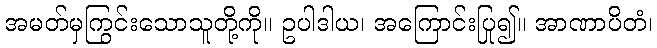
အမတ်မှကြွင်းသောသူတို့ကို။ ဥပါဒါယ၊ အကြောင်းပြု၍။ အာဏာပိတံ၊